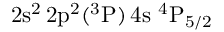
\mathrm { 2 s ^ { 2 } \, 2 p ^ { 2 } ( ^ { 3 } P ) \, 4 s ~ ^ { 4 } P _ { 5 / 2 } }